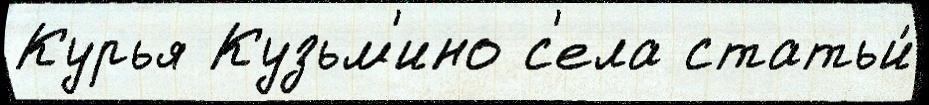
Курья Кузьм'ино с'ела статьи́